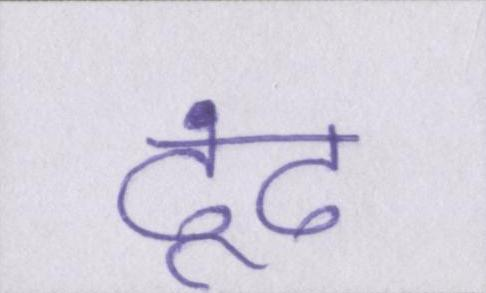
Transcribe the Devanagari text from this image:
ढूंढ